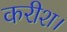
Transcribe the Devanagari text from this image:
करीश।